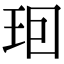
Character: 𤤨